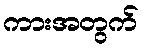
ကားအတွက်